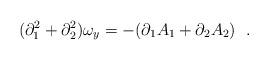
LaTeX: \begin{align*} (\partial_{1}^{2}+\partial_{2}^{2})\omega_{y}=-(\partial_{1}A_{1}+\partial_{2}A_{2})~~.\end{align*}